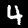
Digit: 4